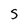
Character: S